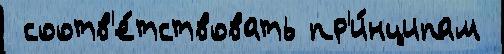
 соотв'е́тствовать пр'и́нципам